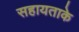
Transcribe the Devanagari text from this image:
सहायताके